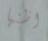
اظنها